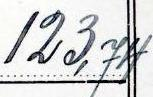
123,74